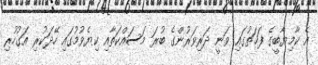
އެ ކާމިޔާބީގެ ފަހަތުގައި ވަނީ ދަރިވަރުންގެ ބުރަ މަސައްކަތާއި ކިޔެވުމުގައި ހޭދަކުރި އަގުހުރި